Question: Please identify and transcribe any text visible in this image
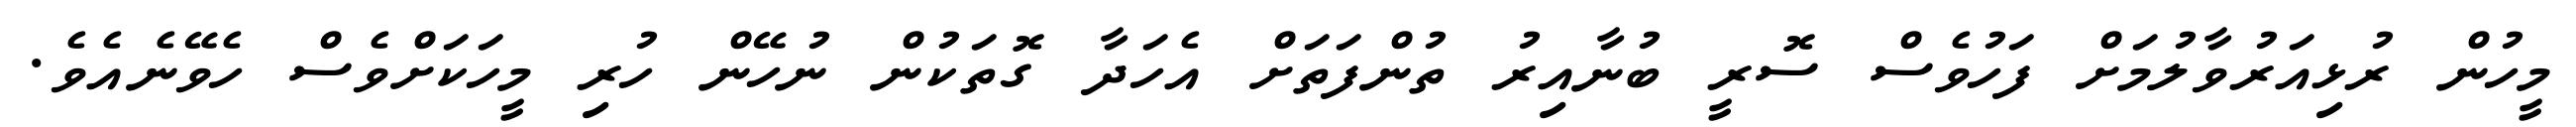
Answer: މީހުން ރުޅިއަރުވާލުމަށް ފަހުވެސް ސޮރީ ބުނާއިރު ތުންފަތަށް އެހަދާ ގޮތަކުން ނުހޭން ހުރި މީހަކަށްވެސް ހެވޭނެއެވެ.